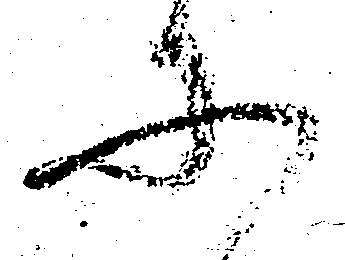
に